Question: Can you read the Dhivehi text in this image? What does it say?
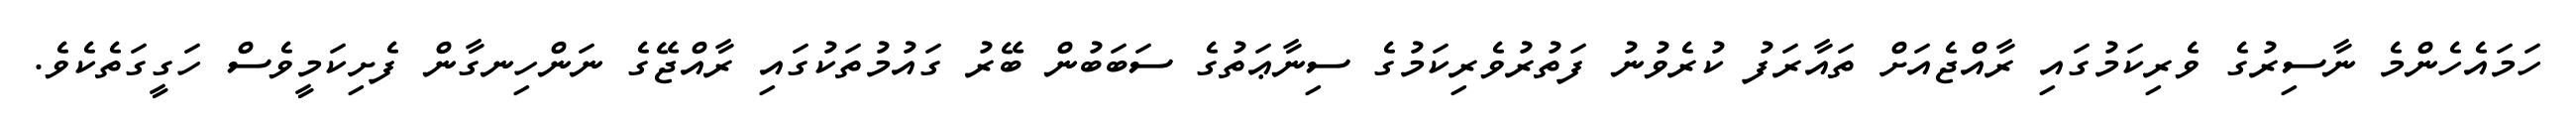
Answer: ހަމައެހެންމެ ނާސިރުގެ ވެރިކަމުގައި ރާއްޖެއަށް ތައާރަފު ކުރެވުނު ފަތުރުވެރިކަމުގެ ސިނާޢަތުގެ ސަބަބުން ބޭރު ގައުމުތަކުގައި ރާއްޖޭގެ ނަންހިނގާން ފެށިކަމީވެސް ހަގީގަތެކެވެ.